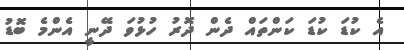
އެ ކުޑަ ކުޑަ ކަންތައް ދެން ދޮރު ހުޅުވަ ދޭނީ އެންމެ ބޮޑު